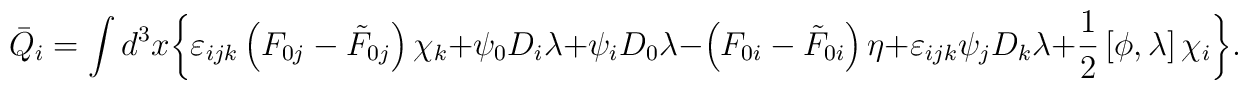
\bar{Q}_i=\int d^3 x\: \biggl\{ \varepsilon_{ijk}\left( F_{0j}-\tilde{F}_{0j}\right) \chi_k+\psi_0 D_i\lambda+\psi_i D_0\lambda-\left( F_{0i}-\tilde{F}_{0i}\right) \eta+\varepsilon_{ijk}\psi_j D_k\lambda+{1\over 2}\left[\phi,\lambda\right]\chi_i\biggl\}.